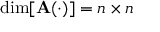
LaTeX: \dim [ \mathbf { A } ( \cdot ) ] = n \times n